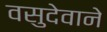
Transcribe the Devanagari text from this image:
वसुदेवाने